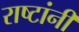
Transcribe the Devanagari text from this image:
राष्टांनी